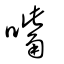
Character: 嘴